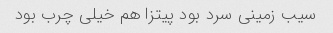
سیب زمینی سرد بود پیتزا هم خیلی چرب بود